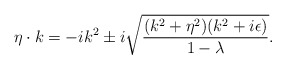
\begin{align*}\eta\cdot k=-ik^2\pm i\sqrt{{(k^2+\eta^2)(k^2+i\epsilon)\over{1-\lambda}}}.\end{align*}